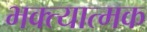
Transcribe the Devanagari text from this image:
भक्त्यात्मक